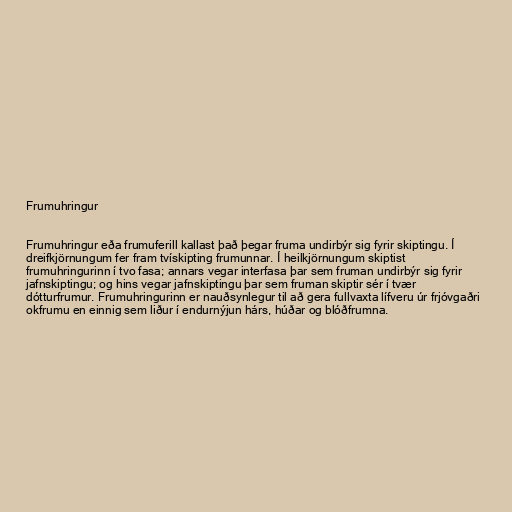
Frumuhringur

Frumuhringur eða frumuferill kallast það þegar fruma undirbýr sig fyrir skiptingu. Í
dreifkjörnungum fer fram tvískipting frumunnar. Í heilkjörnungum skiptist
frumuhringurinn í tvo fasa; annars vegar interfasa þar sem fruman undirbýr sig fyrir
jafnskiptingu; og hins vegar jafnskiptingu þar sem fruman skiptir sér í tvær
dótturfrumur. Frumuhringurinn er nauðsynlegur til að gera fullvaxta lífveru úr frjóvgaðri
okfrumu en einnig sem liður í endurnýjun hárs, húðar og blóðfrumna.